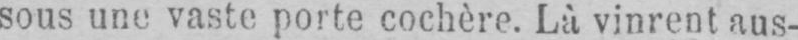
sous une vaste porte cochère. Là vinrent aus-